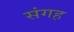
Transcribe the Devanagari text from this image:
संगह